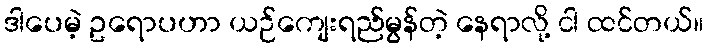
ဒါပေမဲ့ ဥရောပဟာ ယဉ်ကျေးရည်မွန်တဲ့ နေရာလို့ ငါ ထင်တယ်။